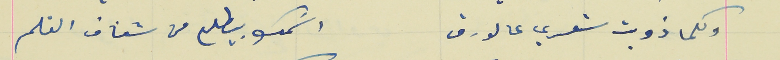
وكلما ذوبت شعري عالورق                                              اسَمك بيطلع من شفاف القلم